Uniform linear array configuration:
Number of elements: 12
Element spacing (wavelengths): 0.5
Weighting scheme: blackman
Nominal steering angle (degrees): -15
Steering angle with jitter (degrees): -13.422
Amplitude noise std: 0.05
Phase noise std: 0.05

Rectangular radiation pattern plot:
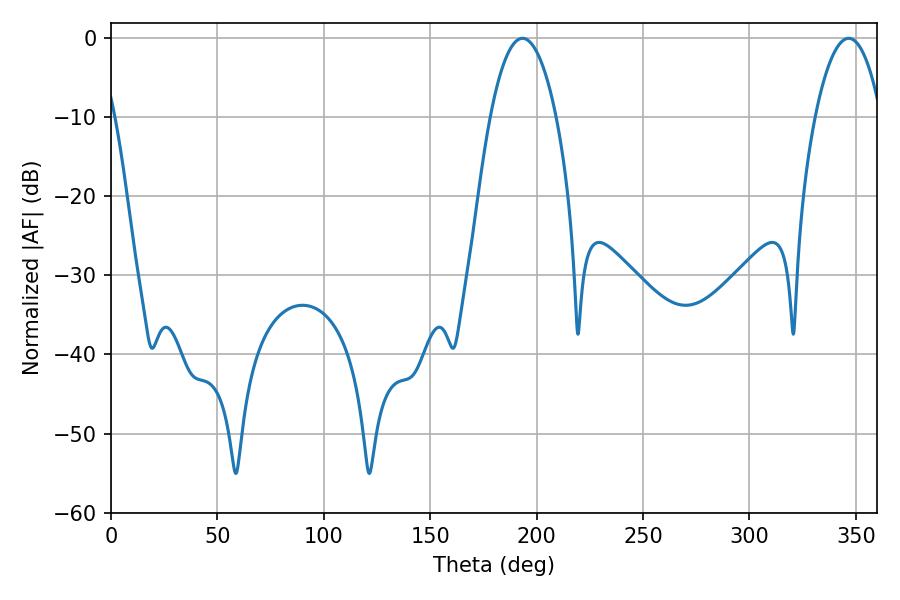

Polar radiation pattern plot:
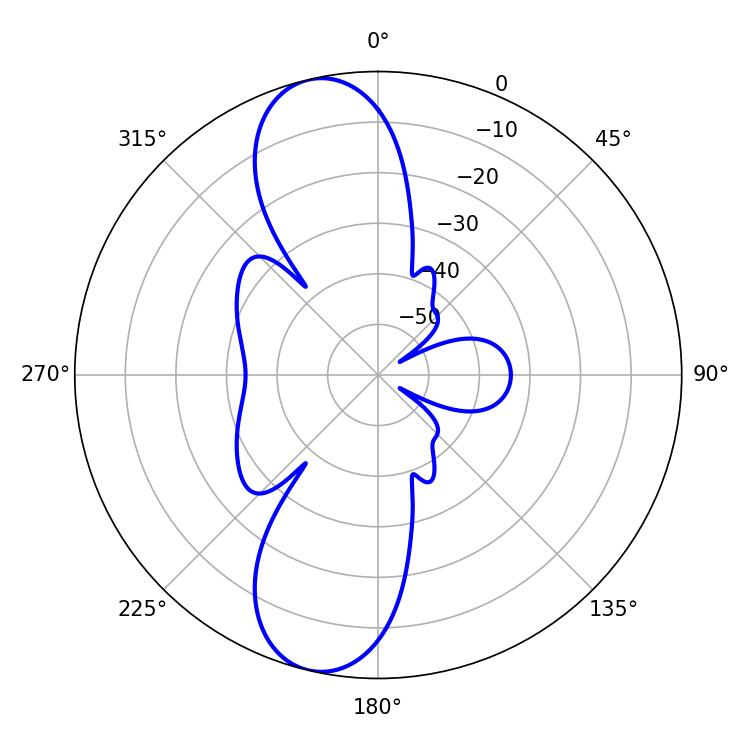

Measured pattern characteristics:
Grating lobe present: FALSE
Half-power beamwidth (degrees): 17.28
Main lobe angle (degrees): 193.32